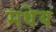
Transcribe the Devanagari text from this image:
मधेय